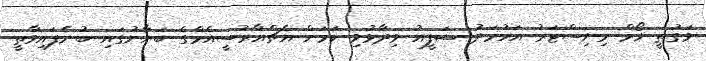
ވަގުތީ ހޯމް މިނިސްޓަރު އަހުމަދު ޝަފީއު ވިދާޅުވި ކަމަށް އެޗްއާރުސީއެމްގެ ބަޔާނުގައި ބުނެފައިވާތީ